Vaccination in Bombay 1889-1901 - 1889-1901
Year: 1889
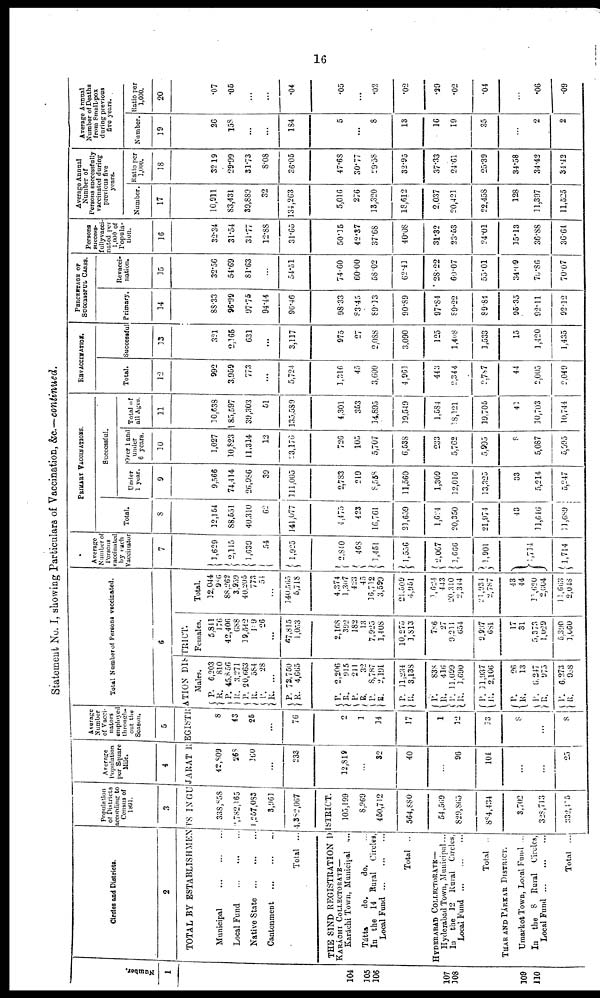
16
Statement No. I, showing Particulars of Vaccination, &c.—continued.
Number.
1
104
105
106
107
108
109
110
Circles and Districts.
2
Population
of Districts
according to
Census of
1891.
.3
Average
Population
per Square
Mile.
4
Average
Number
of Vacci¬
nators
employed
through¬
out the
Season.
5
Total Number of Persons vaccinated.
6
TOTAL BY ESTABLISHMENTS IN GUJARAT REGISTRATION DISTRICT.
Municipal
...
...
...
Local Fund
...
...
...
Native State
...
...
...
Cantonment ... ... ...
Total ...
338,858
2,782,165
1,257,083
3,961
4,382,067
THE SIND REGISTRATION
DISTRICT.
KARÁCHI COLLECTORATE—
Karáchi Town, Municipal
...
Tátta
do.
do. ...
In the
14 Rural
Circles,
Local
Fund...
...
...
Total ..
HYDERABAD COLLECTORATE—
Hyderabad Town, Municipal...
In
the 12 Rural
Circles,
Local Fund ... ... ...
Total ...
THAR AND PÁRKAR DISTRICT.
Umarkot Town, Local Fund ...
In
the
8
Rural
Circles,
Local
Fund...
...
...
Total
...
105,199
8,969
450,712
564,880
54,569
829,865
884,434
3,702
328,713
332,415
42,809
268
160
...
233
12,819
...
82
40
...
96
104
...
...
25
8
43
25
...
76
2
1
14
17
1
12
13
8
...
8
Males.
P.
R.
P.
R.
P.
R.
P.
R.
P.
R.
6,203
810
45,8 56
3,271
20,063
584
28
...
72,750
4,665
P. R.
P.
R.
P.
R.
P.
R.
2,206 915
241
32
8,787
2,191
11,234
3,138
P.
R.
P.
R.
P.
R.
83S
416
11,099
1,690
11,937
2,106
P.
R.
P.
R.
P.
R.
26
13
6,247
975
6,273
988
Females.
5,841
176
42,406
688
19,542
109
26
...
67,815
1,053
2,168 392
182
13
7,923
1,408
10,275
1,813
786
27
9,211
654
9,997
681
17
31
5,373
1,029
5,390
1,060
Total.
12,044
986
88,263
3,939
40,205
773
54
...
140,565
5,718
4,374 1,307
423
45
16,712
3,599
21,509
4,951
1,624
443
20,310
2,344
21,934
2,787
43
44
11,620
2,004
11,663
2,048
Average
Number of
Persons
vaccinated
by each
Vaccinator
7
1,629
2,115
1,639
54
1,925
2,840
468
1,451
1,556
2,067
1,666
1,901
1,714
1,714
PRIMARY VACCINATIONS.
Total.
8
12,154
88,551
40,310
62
141,077
4,475
423
16,761
21,659
1,624
20,350
21,974
43
11,646
11,689
Successful.
Under
1 year.
9
9,566
74,414
26,986
39
111,005
2,783
219
8,558
11,560
1,309
12,016
13,325
33
5,214
5,247
Over 1 and
under
6 years.
10
1,027
10,823
11,314
12
23,176
726
105
5,707
6,538
233
5,762
5,995
8
5,087
5,095
Total of
all Ages.
11
10,638
85,597
39,303
51
135,589
4,301
353
14,895
19,549
1,584
18,121
19,705
41
10,703
10,744
REVACCINATION.
Total.
12
992
3,959
773
...
5,724
1,316
45
3,600
4,961
443
2,344
2,787
44
2,005
2,049
Successful
13
321
2,165
631
...
3,117
975
27
2,088
3,090
125
1,408
1,533
15
1,420
1,435
PERCENTAGE OF
SUCCESSFUL CASES.
Primary.
14
88.33
96.99
97.75
94.44
96.46
98.33
83.45
89.33
90.89
97.84
89.22
89.84
95.35
92.11
92.12
Revacci¬
nation.
15
32.56
54.69
82.63
...
54.51
74.60
60.00
58.02
62.41
28.22
60.07
55.01
34.09
70.86
70.07
Persons
success¬
fully vacci¬
nated per
1,000 of
Popula¬
tion.
16
32.34
31.54
31.77
12.88
31.65
50.15
42.37
37.68
40.08
31.32
23.53
24.01
15.13
36.88
36.64
Average Annual
Number of
Persons successfully
vaccinated during
previous five
years.
Number.
17
10,911
83,431
39,889
32
134,263
5,016
276
13,320
18,612
2,037
20,421
22,458
128
11,397
11,525
Ratio per
1,000. 18
32.19
29.99
31.73
8.08
36.05
47.68
30.77
29.58
32.95
37.33
24.61
25.39
34.58
34.42
34.42
Average Annual
Number of Deaths
from Small-pox
during previous
five years.
Number.
19
26
158
...
...
184
5
...
8
13
16
19
35
...
2
2
Ratio per
1,000.
20
.07
.05
...
...
.04
.05
...
.02
.02
.29
.02
.04
...
.06
.09